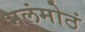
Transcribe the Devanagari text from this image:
भलंमोठं